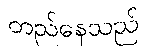
တည်နေသည်